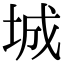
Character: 城